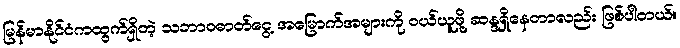
မြန်မာနိုင်ငံကထွက်ရှိတဲ့ သဘာဝဓာတ်ငွေ့ အမြောက်အများကို ဝယ်ယူဖို့ ဆန္ဒရှိနေတာလည်း ဖြစ်ပါတယ်။